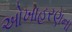
ઓખાહરણના